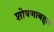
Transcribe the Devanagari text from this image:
शोषणाबद्दल